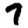
Digit: 7